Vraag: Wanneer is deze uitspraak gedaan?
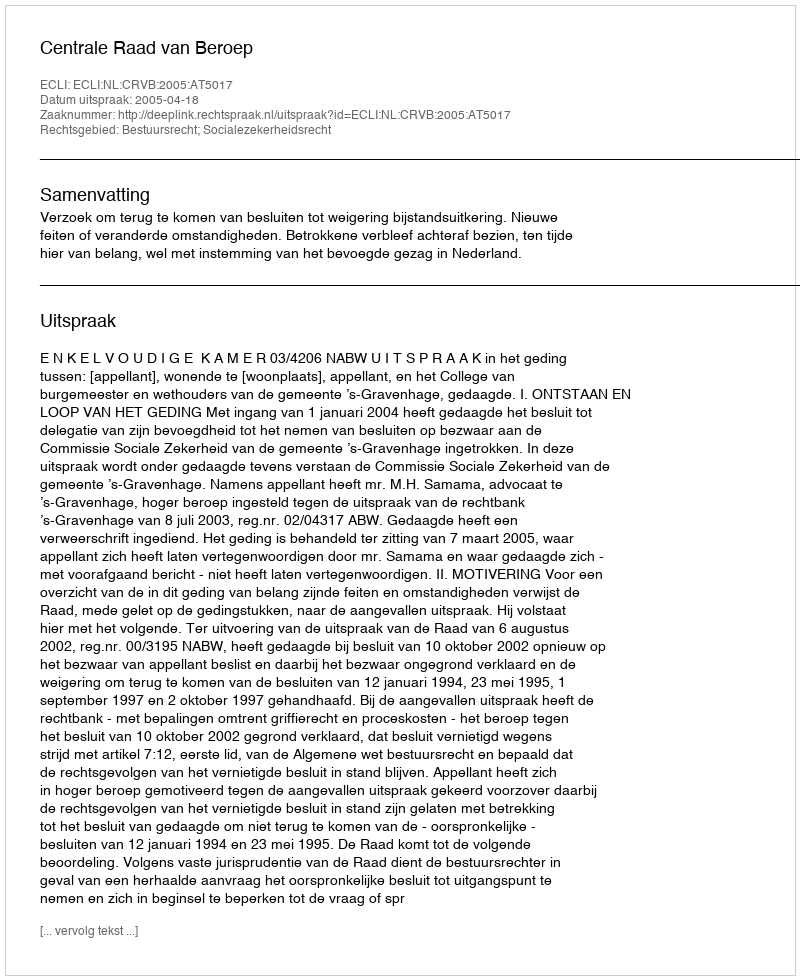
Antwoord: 2005-04-18